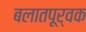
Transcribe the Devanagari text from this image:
बलातपूर्वक